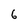
Character: 6